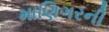
માણિગરની